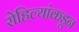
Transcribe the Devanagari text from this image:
रोहिल्यांकडून